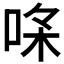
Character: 𠳸